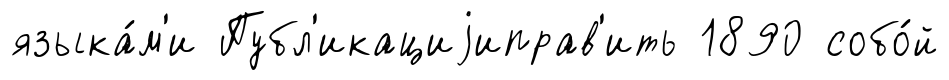
языка́м'и Публ'икациjиправ'ить 1890 собо́й